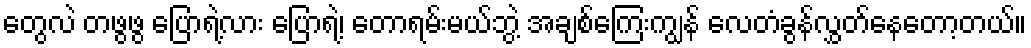
တွေလဲ တဖွဖွ ပြောရဲ့လား ပြောရဲ့၊ တောရမ်းမယ်ဘွဲ့ အချစ်ကြေးကျွန် လေတံခွန်လွှတ်နေတော့တယ်။